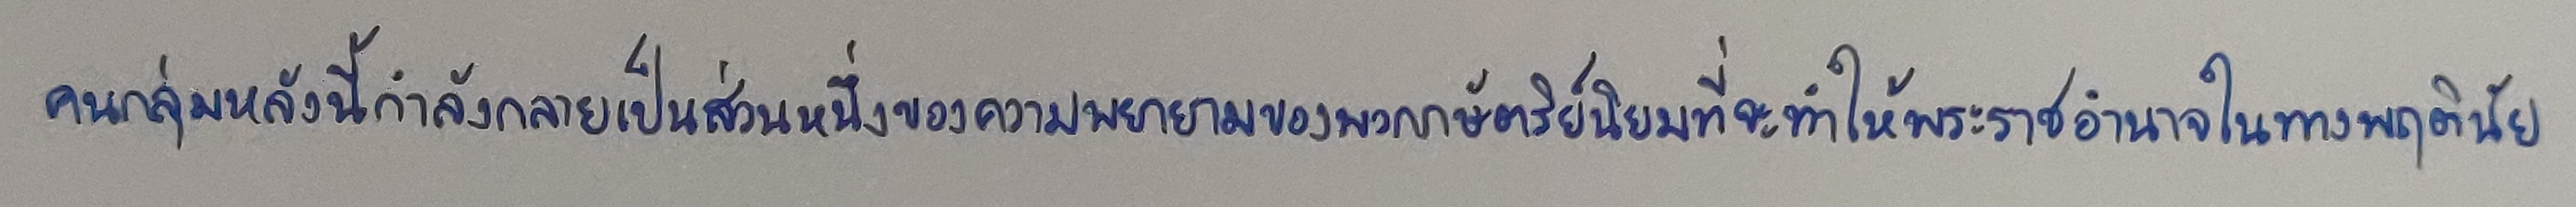
คนกลุ่มหลังนี้กำลังกลายเป็นส่วนหนึ่งของความพยายามของพวกกษัตริย์นิยมที่จะทำให้พระราชอำนาจในทางพฤตินัย